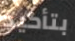
بتأكيد